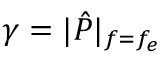
\boldsymbol { \gamma } = | \hat { P } | _ { f = f _ { e } }